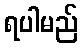
ရပါမည်